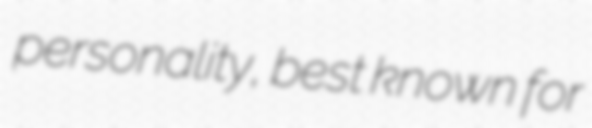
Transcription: personality, best known for